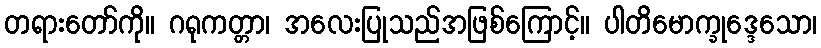
တရားတော်ကို။ ဂရုကတ္တာ၊ အလေးပြုသည်အဖြစ်ကြောင့်။ ပါတိမောက္ခုဒ္ဒေသော၊